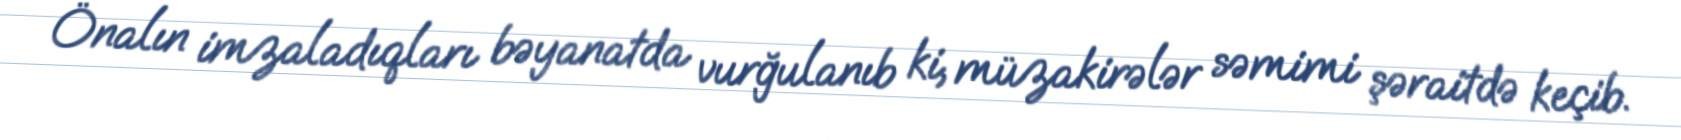
Önalın imzaladıqları bəyanatda vurğulanıb ki, müzakirələr səmimi şəraitdə keçib.